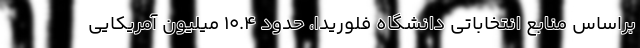
براساس منابع انتخاباتی دانشگاه فلوریدا، حدود 10.4 میلیون آمریکایی